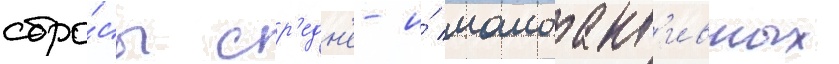
сбро́сы ср'едн'е- и́ малоакт'ивных